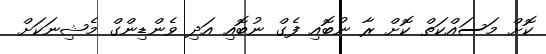
ކޮށް މަސައްކަތް ކޮށް ރާ ނުބޮއި ފެގް ނުބޮއި އަދި ވެންޑިންގް މެޝިނަކަށް